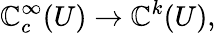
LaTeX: \mathbb{C}_{c}^{\infty}(U)\to\mathbb{C}^{k}(U),